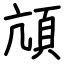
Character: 頏